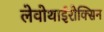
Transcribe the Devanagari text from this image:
लेवोथाईरोक्सिन